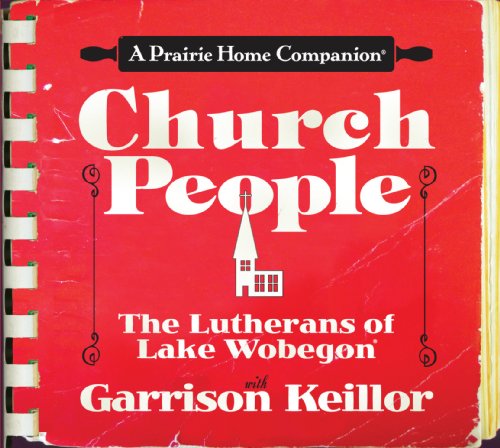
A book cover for Church People: The Lutherans of Lake Wobegon (Prairie Home Companion); Garrison Keillor; Humor & Entertainment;